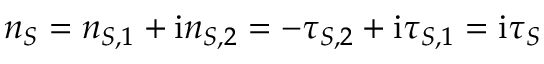
n _ { S } = n _ { S , 1 } + \mathrm { i } n _ { S , 2 } = - \tau _ { S , 2 } + \mathrm { i } \tau _ { S , 1 } = \mathrm { i } \tau _ { S }